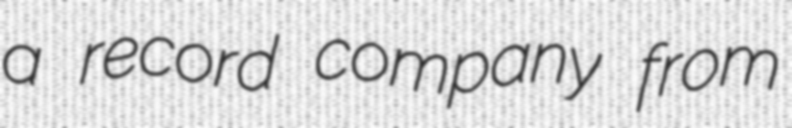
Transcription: a record company from